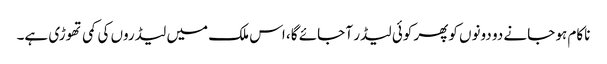
ناکام ہو جانے دو دونوں کوپھر کوئی لیڈر آ جائے گا، اس ملک میں لیڈروں کی کمی تھوڑی ہے۔